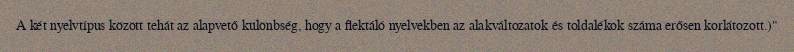
A két nyelvtípus között tehát az alapvető különbség, hogy a flektáló nyelvekben az alakváltozatok és toldalékok száma erősen korlátozott.)"